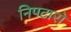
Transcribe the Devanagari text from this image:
निपटारो